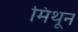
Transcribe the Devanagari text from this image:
मिथून